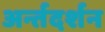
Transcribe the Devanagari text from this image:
अर्न्तदर्शन